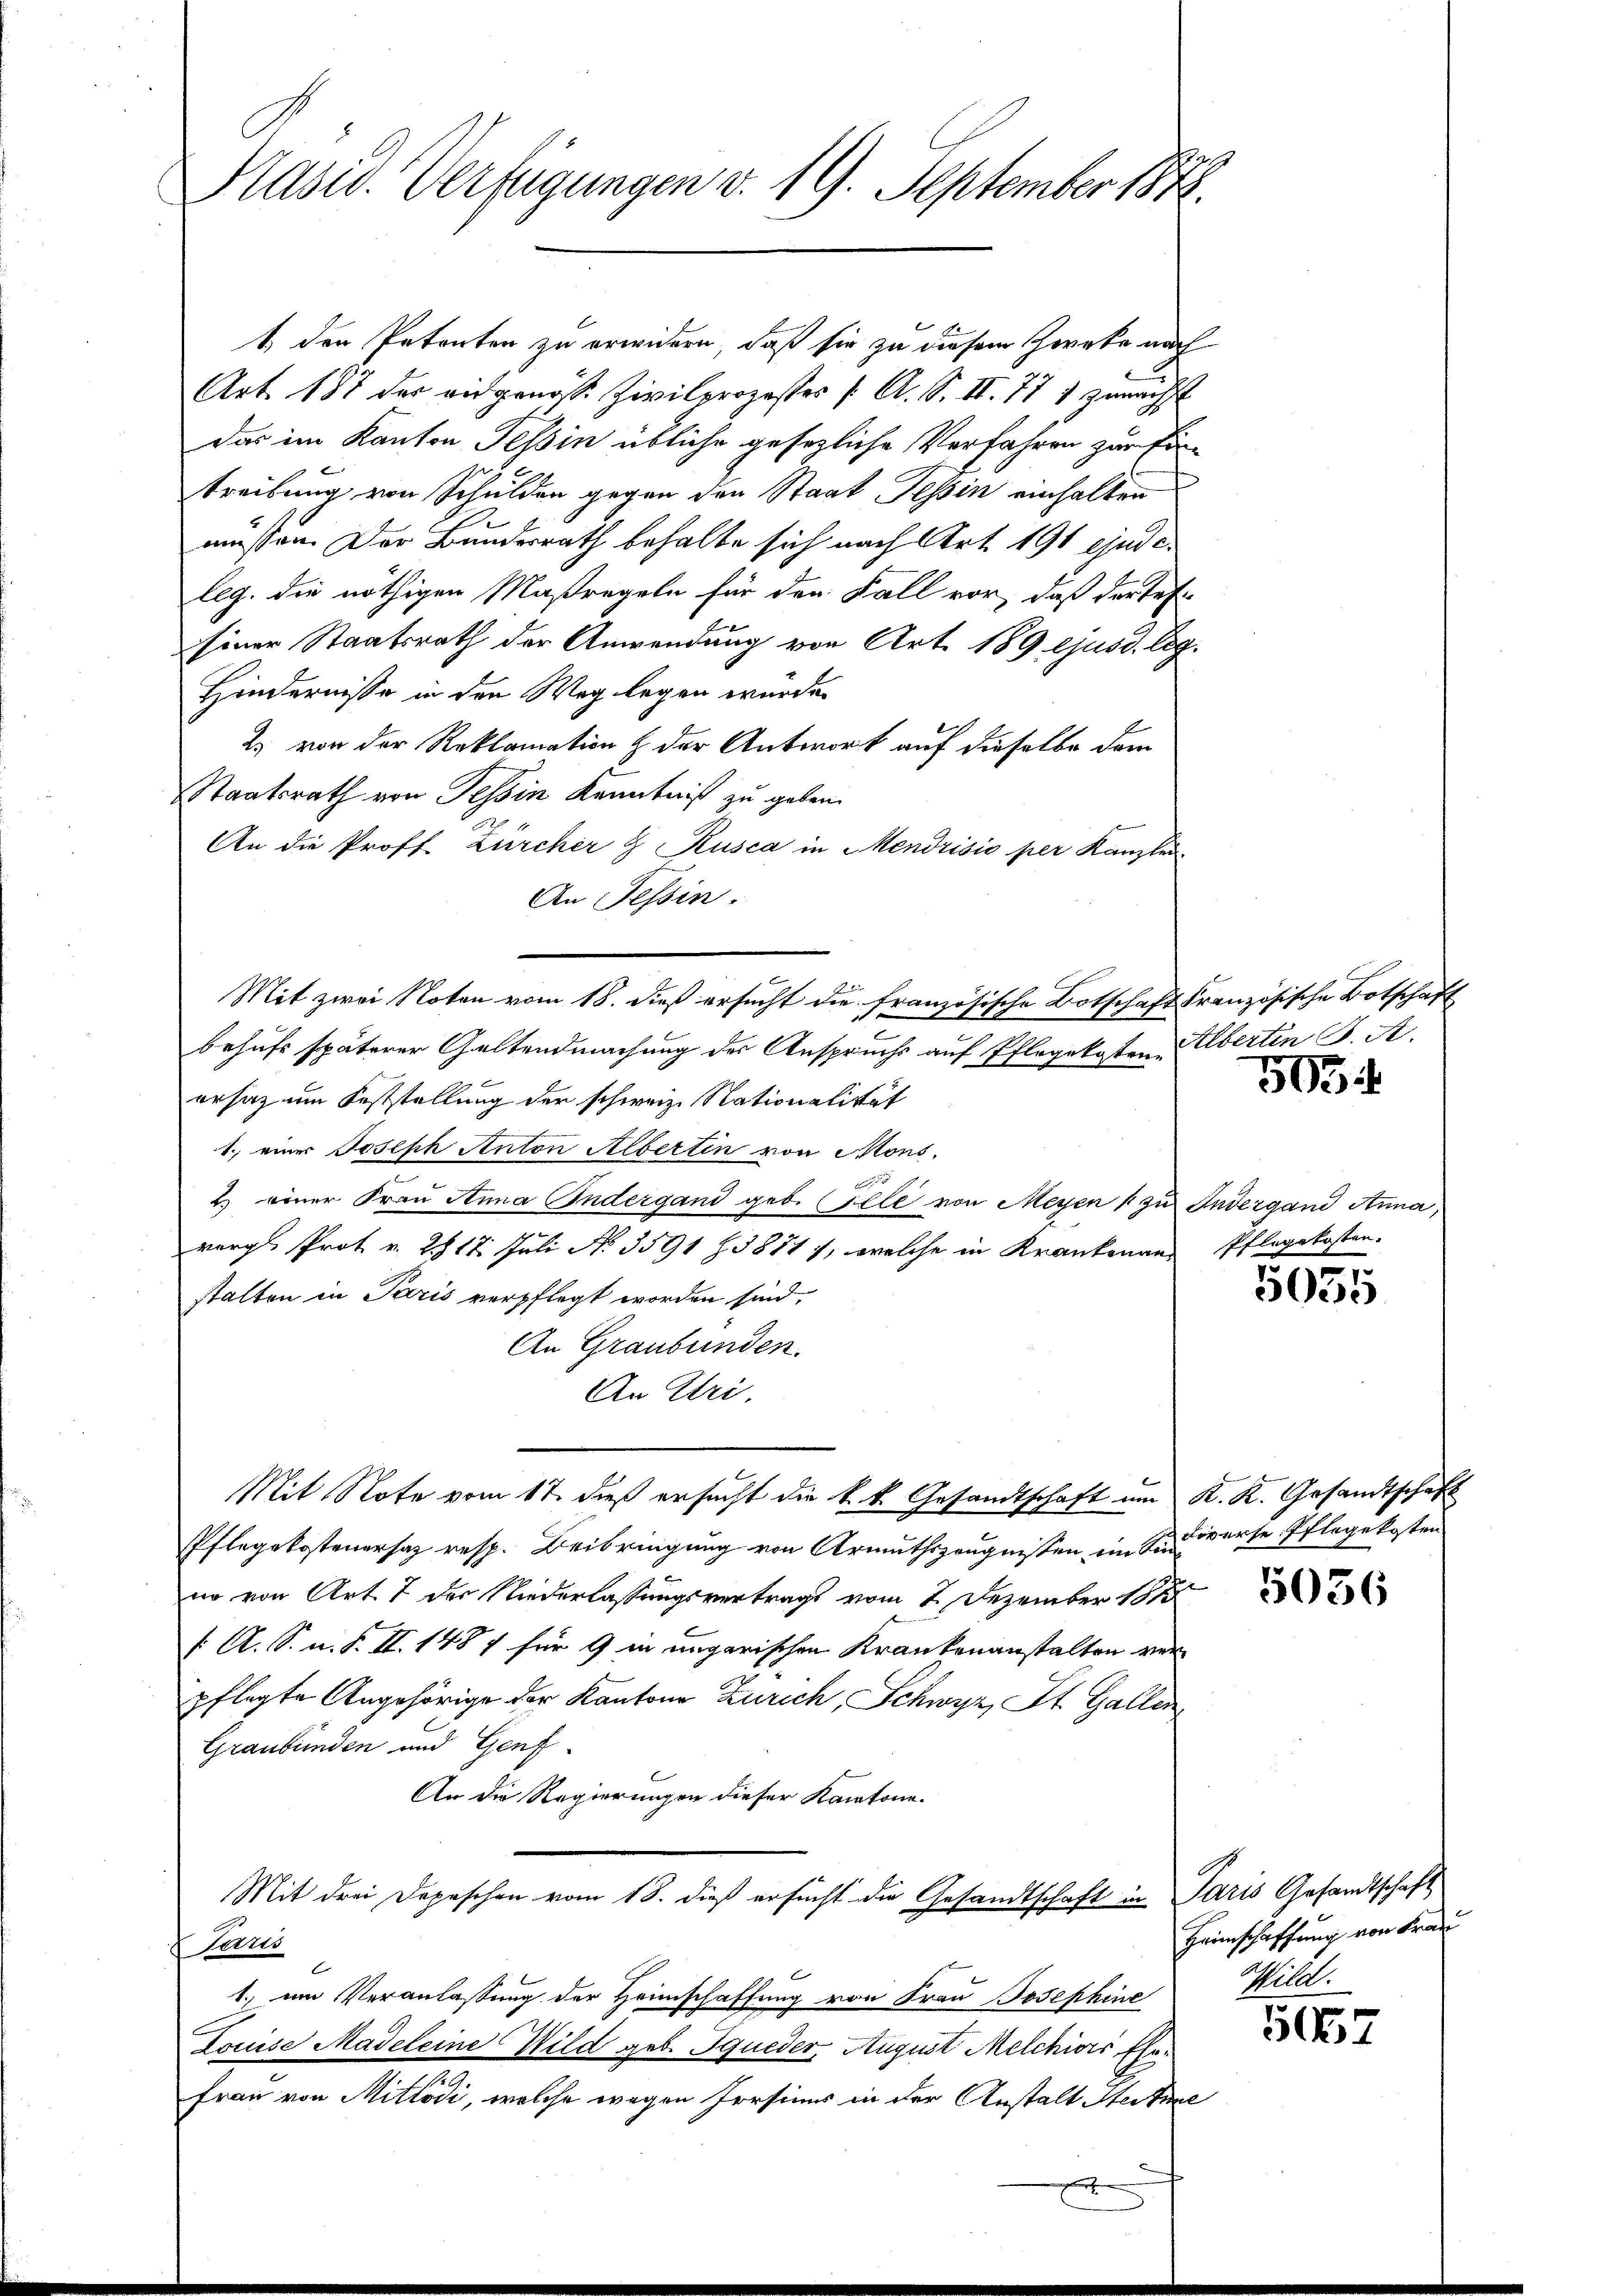
Adsw. Verfügungen d. 19. September 1878.

1 den Petenten zu erwidern, daß sie zu diesem Zwebe auch
Art. 187 der eidgenosse Zivilprozesses /: A. S. II. 771 zunächst
das im Kanton Tessin übliche gesezliche Verfahren zum Ein-
treibung von Schulden gegen den Staat Tessin einhalten
müssen. Der Bundesrath behalte sich nach Art. 191 ejuseleg. die nöthigen Maßregeln für den Fall vor, daß der Tes
siner Staatsrath der Anwendung von Art. 189 ejusd. leg¬
Hindernisse in den Weg legen wurde.
2) von der Reklamation & der Antwort auf dieselbe dem
Staatsrath von Tessin Kenntniß zu geben.
An die Prof. Zürcher & Rusca in Mendrisis per Kanzlei-
An Tessin.
Mit zwei Noten vom 18. dieß ersucht die französische Botschaft Französische Botschaft
behufs späterer Geltendmachung der Anspruchs auf Pflegekosten Albertin K. A.
ersatz um Feststellung der schweiz. Nationalität
1. einer Joseph Anton Albertin von Mons.
A
2.) einer Frau Anna Endergand geb. Elle von Meyen & zu Indergand Anna,
vergl. Prot v. 2817. Juli No 3591 Z 38817, welche in Krankenanstalten in Paris verpflegt worden sind.
An Graubünden.
An Uri,
Mit Note vom 17. dieß ersucht die k. k. Gesandtschaft um K. K. Gesandtschaft
Pflegekostenersaz resp. Beibringung von Armuthszeugnissen im Friderse Pflegekosten
no von Art. 7 der Niederlassungsvertrags vom 2. Dezember 188
/. A. S. n. F. II. 1487 für 9 in ungarischen Krankenanstalten verpflegte Angehörige der Kantons Zürich, Schwyz, St. Gallen
Graubünden und Genf
An die Regierungen dieser Kantone.
Mit drei Depeschen vom 18. dieß ersucht die Gesandtschaft in Paris Gesandtschaft
Laris
1. im Veranlassung der Heimschaffung von Frau Josephine
Louise Madeleine Wild geb. Iqueder, August Melchiors Ehe¬
2
Frau von Mittödi, welche wegen Persinns in der Anstalt Seitere

e

505

Pflegekosten.

5035

5036

Heimschaffung von Frau
Wild.

5157